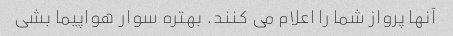
آنها پرواز شما را اعلام می کنند. بهتره سوار هواپیما بشی